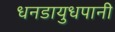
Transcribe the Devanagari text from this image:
धनडायुधपानी